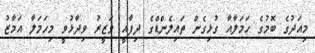
މިއަދުގެ ބޮމުގެ ހަމަލާއާ ގުޅިގެން ތައިލެންޑްގެ ދިފާއީ ވަޒީރު ވިދާޅުވީ މިހަމަލާ އަމާޒު